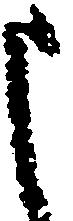
申